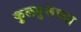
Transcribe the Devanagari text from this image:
कुलगुरूंच्या